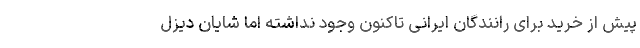
پیش از خرید برای رانندگان ایرانی تاکنون وجود نداشته اما شایان دیزل